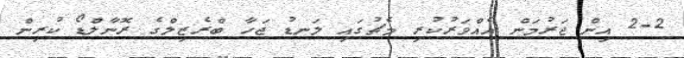
2-2 އިން ޖަރުމަން އެއްވަރުކުރި މެޗުގައި ލަނޑު ޖަހާ ބްރެޒިލްގެ ރޮނާލްޑޯ ކުރިން